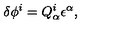
\delta \phi ^ { i } = Q _ { \alpha } ^ { i } \epsilon ^ { \alpha } ,